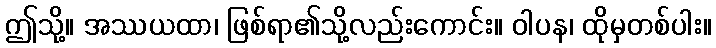
ဤသို့။ အဿယထာ၊ ဖြစ်ရာ၏သို့လည်းကောင်း။ ဝါပန၊ ထိုမှတစ်ပါး။